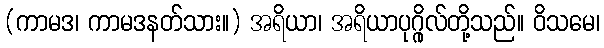
(ကာမဒ၊ ကာမဒနတ်သား။) အရိယာ၊ အရိယာပုဂ္ဂိုလ်တို့သည်။ ဝိသမေ၊